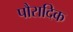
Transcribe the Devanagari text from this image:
पौरादिक